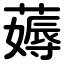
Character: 薅